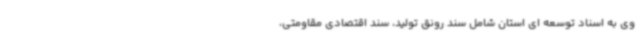
وی به اسناد توسعه ای استان شامل سند رونق تولید، سند اقتصادی مقاومتی،